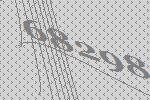
68298